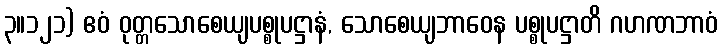
၃။၁၂၁) ဧဝံ ဝုတ္တသောစေယျပစ္စုပဋ္ဌာနံ, သောစေယျဘာဝေန ပစ္စုပဋ္ဌာတိ ဂဟဏဘာဝံ